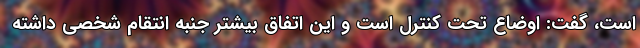
است، گفت: اوضاع تحت کنترل است و این اتفاق بیشتر جنبه انتقام شخصی داشته